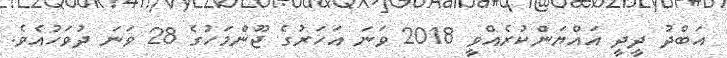
އަބްދު ދީދީ އައްޔަންކުރެއްވީ 2018 ވަނަ އަހަރުގެ ޖޫންމަހުގެ 28 ވަނަ ދުވަހުއެވެ.